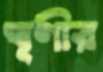
ঘূণীর